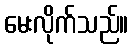
မေးလိုက်သည်။